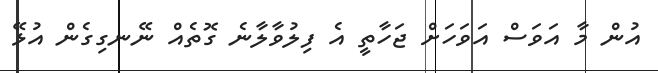
އުން މާ އަވަސް އަވަހަށް ޖަހާތީ އެ ފިލުވާލާނެ ގޮތެއް ނޭނގިގެން އުޅޭ